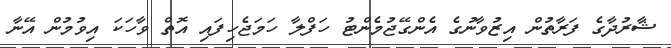
ޝާރުދާގެ ފަރާތުން އިޒުވާނުގެ އެންގޭޖުމެންޓު ހަފްލާ ހަމަޖެހިފައި އޮތް ވާހަކަ އިވުމުން އޭނާ